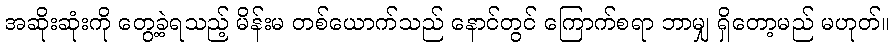
အဆိုးဆုံးကို တွေ့ခဲ့ရသည့် မိန်းမ တစ်ယောက်သည် နောင်တွင် ကြောက်စရာ ဘာမျှ ရှိတော့မည် မဟုတ်။